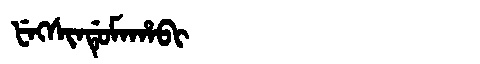
Manchu: ᡶᡝᡴᠰᡳᠨᡩᡠᠮᠠᡥᠠᠪᡳ
Romanization: FEKSINDUMAHABI